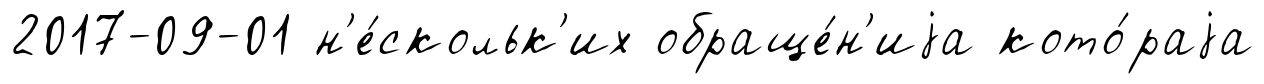
2017-09-01 н'е́скольк'их обраще́н'иjа кото́раjа